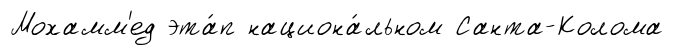
Мохамм'ед эта́п национа́льном Санта-Колома